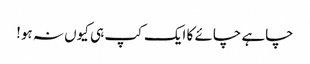
چاہے چائے کا ایک کپ ہی کیوں نہ ہو!